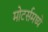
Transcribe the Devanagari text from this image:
मोटर्समध्ये